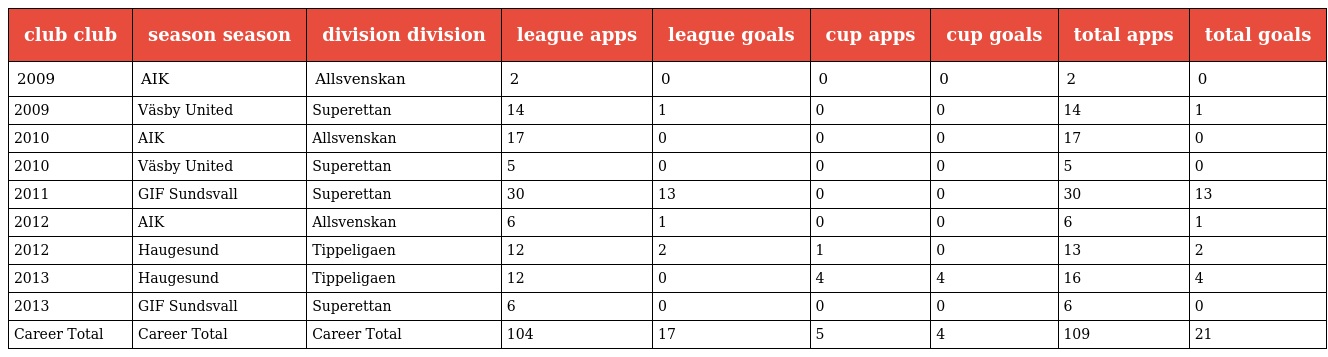
| club club | season season | division division | league apps | league goals | cup apps | cup goals | total apps | total goals |
 | --- | --- | --- | --- | --- | --- | --- | --- | --- |
 | 2009 | AIK | Allsvenskan | 2 | 0 | 0 | 0 | 2 | 0 |
 | 2009 | Väsby United | Superettan | 14 | 1 | 0 | 0 | 14 | 1 |
 | 2010 | AIK | Allsvenskan | 17 | 0 | 0 | 0 | 17 | 0 |
 | 2010 | Väsby United | Superettan | 5 | 0 | 0 | 0 | 5 | 0 |
 | 2011 | GIF Sundsvall | Superettan | 30 | 13 | 0 | 0 | 30 | 13 |
 | 2012 | AIK | Allsvenskan | 6 | 1 | 0 | 0 | 6 | 1 |
 | 2012 | Haugesund | Tippeligaen | 12 | 2 | 1 | 0 | 13 | 2 |
 | 2013 | Haugesund | Tippeligaen | 12 | 0 | 4 | 4 | 16 | 4 |
 | 2013 | GIF Sundsvall | Superettan | 6 | 0 | 0 | 0 | 6 | 0 |
 | Career Total | Career Total | Career Total | 104 | 17 | 5 | 4 | 109 | 21 |